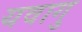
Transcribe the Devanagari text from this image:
यवागु